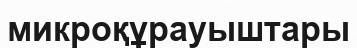
микроқұрауыштары